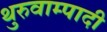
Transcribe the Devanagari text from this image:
थुरुवाम्पादी